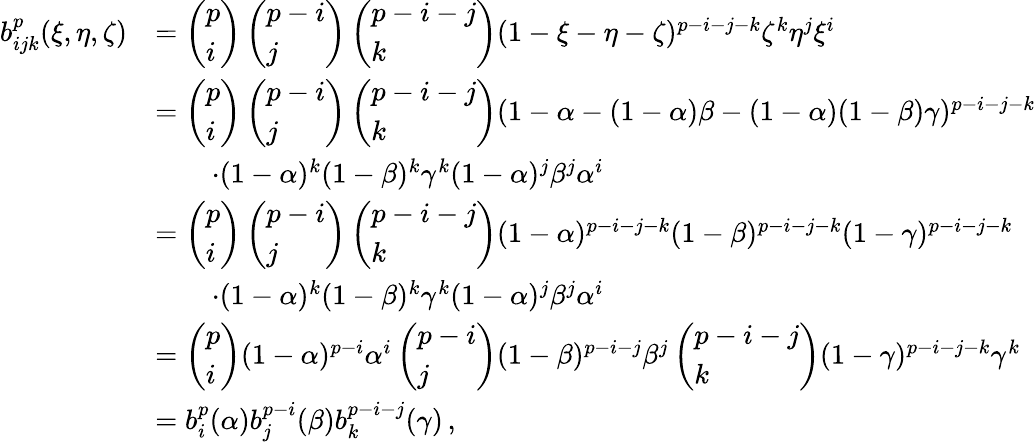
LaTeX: \begin{array}{rl}{b_{ijk}^{p}(\xi,\eta,\zeta)}&{=\left(\begin{array}{l}{p}\\ {i}\end{array}\right)\left(\begin{array}{l}{p-i}\\ {j}\end{array}\right)\left(\begin{array}{l}{p-i-j}\\ {k}\end{array}\right)(1-\xi-\eta-\zeta)^{p-i-j-k}\zeta^{k}\eta^{j}\xi^{i}}\\ &{=\left(\begin{array}{l}{p}\\ {i}\end{array}\right)\left(\begin{array}{l}{p-i}\\ {j}\end{array}\right)\left(\begin{array}{l}{p-i-j}\\ {k}\end{array}\right)(1-\alpha-(1-\alpha)\beta-(1-\alpha)(1-\beta)\gamma)^{p-i-j-k}}\\ &{\qquad\cdot(1-\alpha)^{k}(1-\beta)^{k}\gamma^{k}(1-\alpha)^{j}\beta^{j}\alpha^{i}}\\ &{=\left(\begin{array}{l}{p}\\ {i}\end{array}\right)\left(\begin{array}{l}{p-i}\\ {j}\end{array}\right)\left(\begin{array}{l}{p-i-j}\\ {k}\end{array}\right)(1-\alpha)^{p-i-j-k}(1-\beta)^{p-i-j-k}(1-\gamma)^{p-i-j-k}}\\ &{\qquad\cdot(1-\alpha)^{k}(1-\beta)^{k}\gamma^{k}(1-\alpha)^{j}\beta^{j}\alpha^{i}}\\ &{=\left(\begin{array}{l}{p}\\ {i}\end{array}\right)(1-\alpha)^{p-i}\alpha^{i}\left(\begin{array}{l}{p-i}\\ {j}\end{array}\right)(1-\beta)^{p-i-j}\beta^{j}\left(\begin{array}{l}{p-i-j}\\ {k}\end{array}\right)(1-\gamma)^{p-i-j-k}\gamma^{k}}\\ &{=b_{i}^{p}(\alpha)b_{j}^{p-i}(\beta)b_{k}^{p-i-j}(\gamma)\, ,}\end{array}